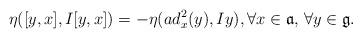
LaTeX: \begin{align*} \eta ([y, x], I [y, x]) = - \eta (ad_x^2 (y), Iy), \forall x \in \frak a, \, \forall y \in \frak g.\end{align*}